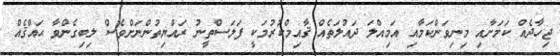
ޖިހާދެއް ކަމަށާއި މިނިވަންކަމާއި އަމިއްލަ ދައުލަތެއް ޤާއިމްކުރުމަކީ ފަލަސްތީނު ރައްޔިތުންނަށްވެސް ލިބިގެންވާ ޙައްޤެއް